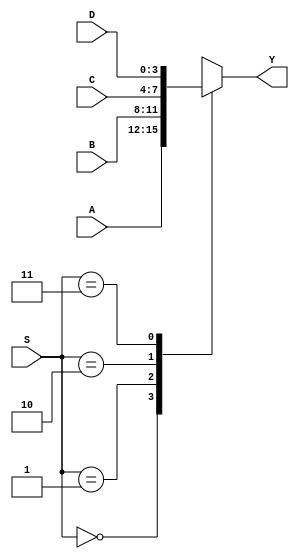
`timescale 1ns / 1ps
//////////////////////////////////////////////////////
// Module Name:		mux_4bit_4tol
//
//////////////////////////////////////////////////////

module mux_4bit_4to1(Y, A, B, C, D, S);
    // Input/output Ports
    output reg [3:0] Y;
    input wire [3:0] A,B,C,D;
    input wire [1:0] S;

    // Logic for 4-bit 4:1 Mux
    always@(*)
   	 case(S)
   		 2'b00: Y = A;
   		 2'b01: Y = B;
   		 2'b10: Y = C;
   		 2'b11: Y = D;
   	 endcase

endmodule